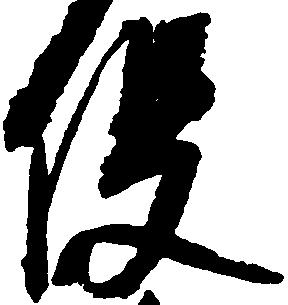
役